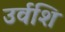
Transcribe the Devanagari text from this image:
उर्वशि